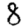
Digit: 8